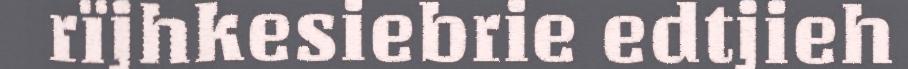
rïjhkesiebrie edtjieh